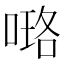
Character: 𠻐